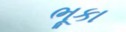
ભૂકા